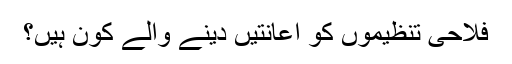
فلاحی تنظیموں کو اعانتیں دینے والے کون ہیں؟